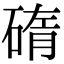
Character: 𥓿